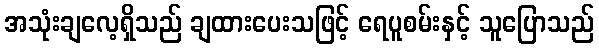
အသုံးချလေ့ရှိသည် ချထားပေးသဖြင့် ရေပူစမ်းနှင့် သူပြောသည်